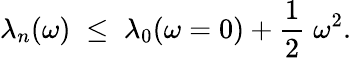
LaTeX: \lambda_{n}(\omega)\; \leq\; \lambda_{0}(\omega=0)+{\frac{1}{2}}\; \omega^{2}.